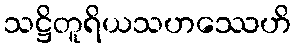
သဋ္ဌိတူရိယသဟဿေဟိ